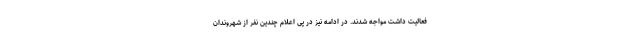
فعالیت داشت مواجه شدند. در ادامه نیز در پی اعلام چندین نفر از شهروندان